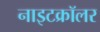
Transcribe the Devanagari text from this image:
नाइटक्रॉलर